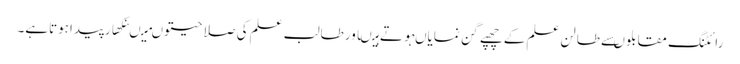
رائٹنگ مقابلوںسے طالن علم کے چھپے گن نمایاںہوتے ہیںاورطالب علم کی صلا حیتوںمیںنکھارپیداہوتاہے۔